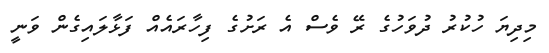
މިދިޔަ ހުކުރު ދުވަހުގެ ރޭ ވެސް އެ ރަށުގެ ފިހާރައެއް ފަޅާލައިގެން ވަނީ